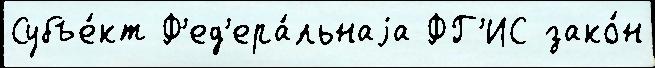
Субъе́кт Ф'ед'ера́льнаjа ФГ'ИС зако́н